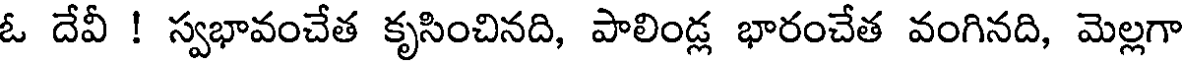
ఓ దేవీ ! స్వభావంచేత కృసించినది, పాలిండ్ల భారంచేత వంగినది, మెల్లగా